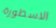
الاسطورة